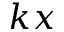
k x